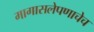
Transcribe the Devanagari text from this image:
मागासलेपणाचेच